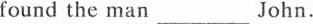
e found the man___ John.